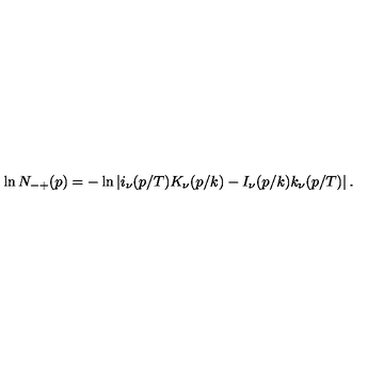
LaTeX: \ln N _ { - + } ( p ) = - \ln \left| i _ { \nu } ( p / T ) K _ { \nu } ( p / k ) - I _ { \nu } ( p / k ) k _ { \nu } ( p / T ) \right| .